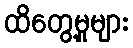
ထိတွေ့မှုများ